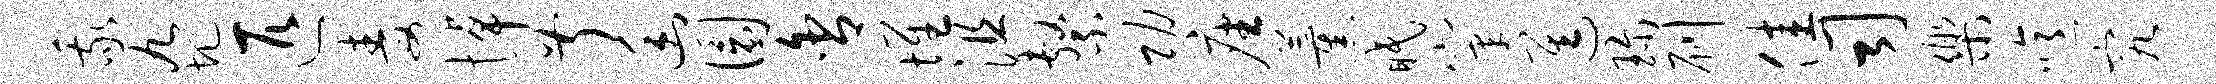
我九圯匹毒悼叔幽圜舍堆沮系功座薰眠窠进珍刷佳司乐噫究